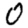
Digit: 0